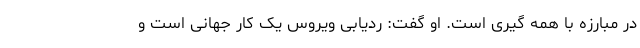
در مبارزه با همه گیری است. او گفت: ردیابی ویروس یک کار جهانی است و